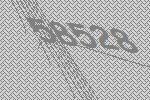
58528